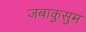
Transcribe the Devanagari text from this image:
जबाकुसुम